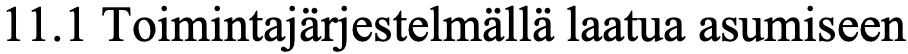
11.1 Toimintajärjestelmällä laatua asumiseen